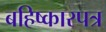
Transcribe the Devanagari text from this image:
बहिष्कारपत्र